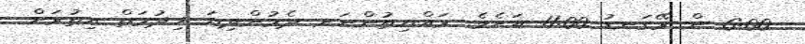
6:00 ން ރޭގަނޑު 11:00 އަށެވެ. ރައްޔިތުންނަށ ދެމުންދިޔަ ޚިދުމަތް އިތުރަށް